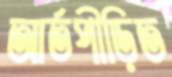
আর্তপীড়িত